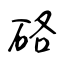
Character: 硌